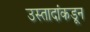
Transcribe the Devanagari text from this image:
उस्तादांकडून